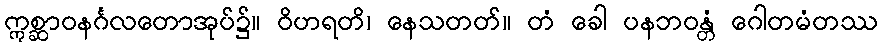
ဣစ္ဆာဝနင်္ဂလတောအုပ်၌။ ဝိဟရတိ၊ နေသတတ်။ တံ ခေါ ပနဘဝန္တံ ဂေါတမံတဿ